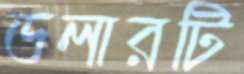
ডলারটি